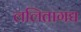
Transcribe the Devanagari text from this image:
ललितागद्य